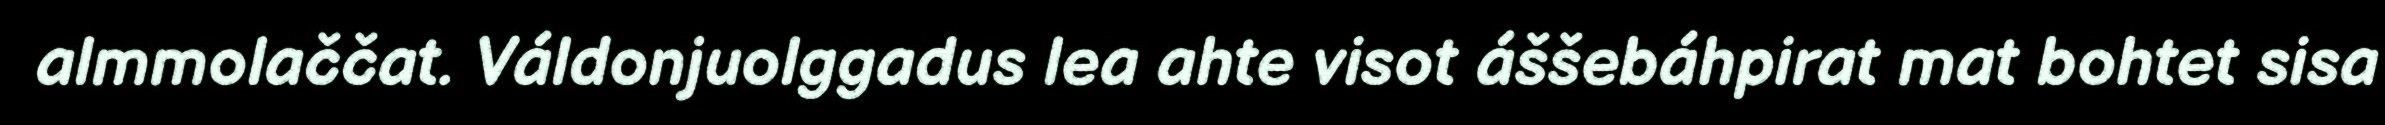
almmolaččat. Váldonjuolggadus lea ahte visot áššebáhpirat mat bohtet sisa